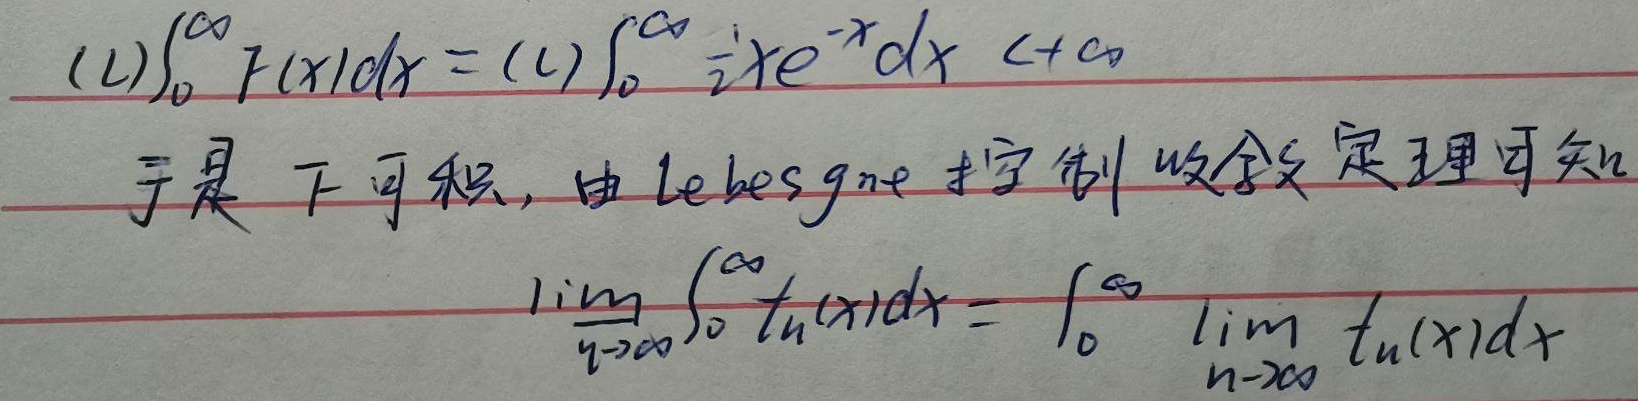
\[
(1)\int_{0}^{\infty} f(x)dx = (1)\int_{0}^{\infty} \frac{1}{2}xe^{-x}dx <+\infty
\]
于是 \(f\) 可积，由Lebesgue控制收敛定理可知
\[
\lim_{n \to \infty}\int_{0}^{\infty} t_{n}(x)dx = \int_{0}^{\infty}\lim_{n \to \infty} t_{n}(x)dx
\]